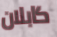
كابلان